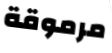
مرموقة